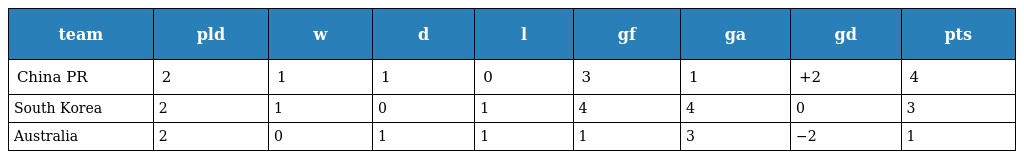
| team | pld | w | d | l | gf | ga | gd | pts |
 | --- | --- | --- | --- | --- | --- | --- | --- | --- |
 | China PR | 2 | 1 | 1 | 0 | 3 | 1 | +2 | 4 |
 | South Korea | 2 | 1 | 0 | 1 | 4 | 4 | 0 | 3 |
 | Australia | 2 | 0 | 1 | 1 | 1 | 3 | −2 | 1 |